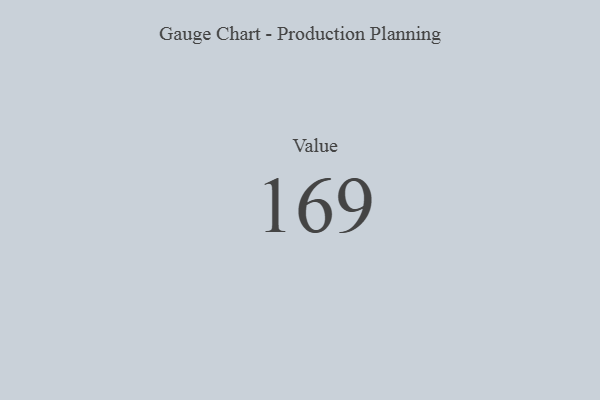
{"axis": {"x": "Metric", "y": "Value"}, "legend": [""], "data": [{"x": "Value", "y": 169, "type": ""}]}